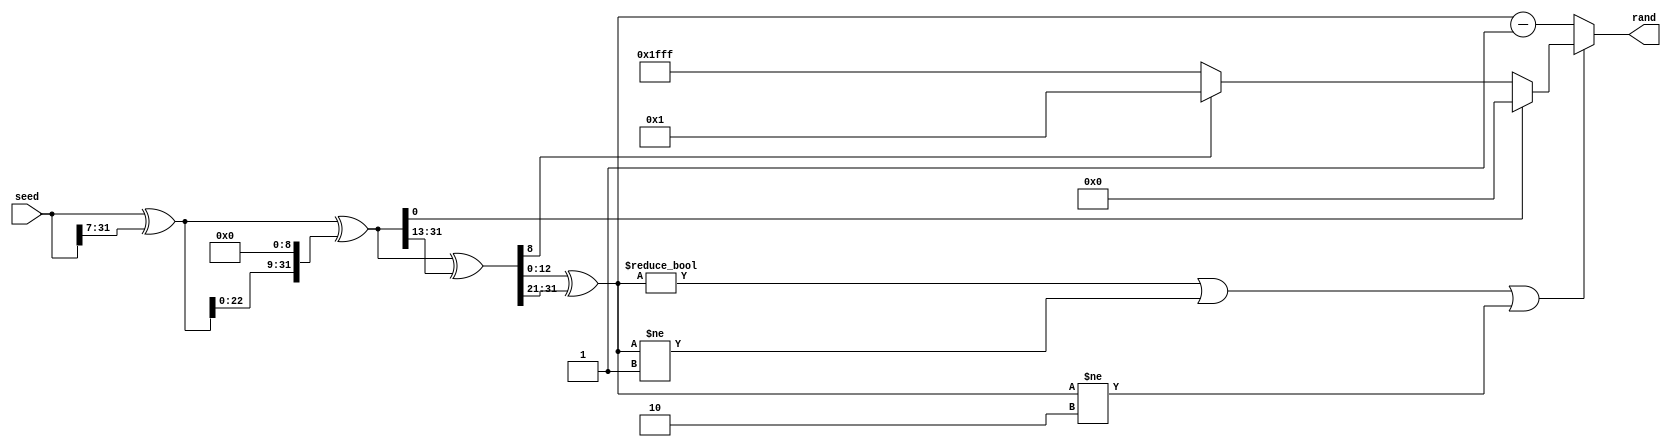
`timescale 1ns / 1ps
//////////////////////////////////////////////////////////////////////////////////
// Company: 
// Engineer: 
// 
// Design Name: 
// Module Name: RandomNgr
// Project Name: 
// Target Devices: 
// Tool Versions: 
// Description: 
// 
// Dependencies: 
// 
// Revision:
// Revision 0.01 - File Created
// Additional Comments:
// 
//////////////////////////////////////////////////////////////////////////////////


module RandomNgr(
    input [31:0]seed,
     output [12:0]rand       
     );

 //xorshift algorithm
     wire [31:0] temp = seed ^ seed >> 7;
     wire [31:0] temp2 = temp ^ temp << 9;
     wire [31:0] temp3 = temp2 ^ temp2 >>13;
     wire [31:0] temp4 = temp3 ^ temp3 >>21;
     wire [12:0] rand_out = temp4;
     
     assign rand=(rand_out!=13'd0 || rand_out!=13'd1 || rand_out!=13'd2) ? (temp2[0]) ? 13'd0:(temp3[8]) ? 13'd1:-13'd1:(rand_out-12'b01);
     
endmodule